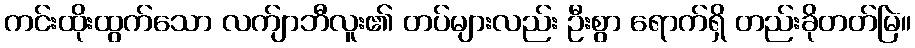
ကင်းထိုးထွက်သော လက်ျာဘီလူး၏ တပ်များလည်း ဦးစွာ ရောက်ရှိ တည်းခိုတတ်မြဲ။